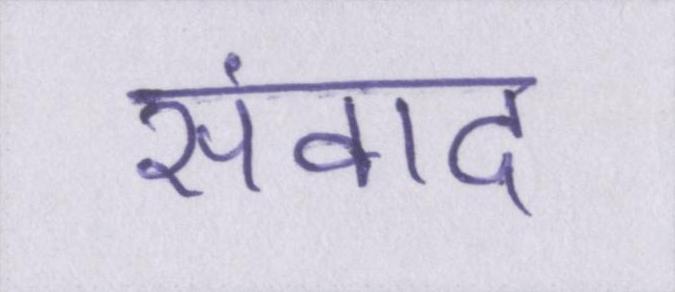
संवाद